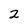
Character: 2